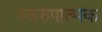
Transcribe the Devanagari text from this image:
स्वरुपात्मक